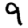
Digit: 9